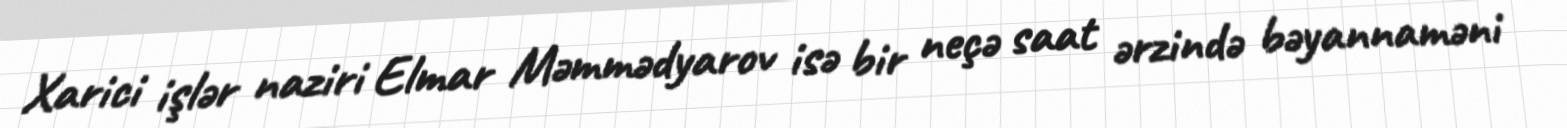
Xarici işlər naziri Elmar Məmmədyarov isə bir neçə saat ərzində bəyannaməni